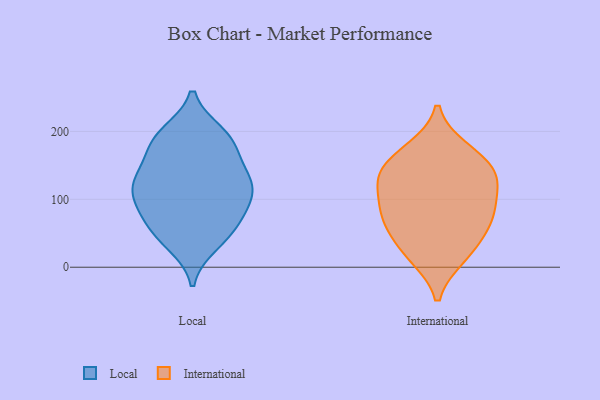
{"axis": {"x": "Tickets Resolved", "y": "Value"}, "legend": ["International", "Local"], "data": [{"x": "", "y": 77, "type": "Local"}, {"x": "", "y": 118, "type": "Local"}, {"x": "", "y": 134, "type": "Local"}, {"x": "", "y": 34, "type": "Local"}, {"x": "", "y": 186, "type": "Local"}, {"x": "", "y": 127, "type": "Local"}, {"x": "", "y": 116, "type": "Local"}, {"x": "", "y": 182, "type": "Local"}, {"x": "", "y": 43, "type": "Local"}, {"x": "", "y": 88, "type": "Local"}, {"x": "", "y": 65, "type": "Local"}, {"x": "", "y": 48, "type": "Local"}, {"x": "", "y": 174, "type": "Local"}, {"x": "", "y": 147, "type": "Local"}, {"x": "", "y": 85, "type": "Local"}, {"x": "", "y": 111, "type": "Local"}, {"x": "", "y": 122, "type": "Local"}, {"x": "", "y": 196, "type": "Local"}, {"x": "", "y": 197, "type": "Local"}, {"x": "", "y": 135, "type": "International"}, {"x": "", "y": 144, "type": "International"}, {"x": "", "y": 90, "type": "International"}, {"x": "", "y": 86, "type": "International"}, {"x": "", "y": 174, "type": "International"}, {"x": "", "y": 40, "type": "International"}, {"x": "", "y": 137, "type": "International"}, {"x": "", "y": 82, "type": "International"}, {"x": "", "y": 66, "type": "International"}, {"x": "", "y": 117, "type": "International"}, {"x": "", "y": 59, "type": "International"}, {"x": "", "y": 134, "type": "International"}, {"x": "", "y": 15, "type": "International"}, {"x": "", "y": 16, "type": "International"}, {"x": "", "y": 170, "type": "International"}]}